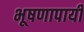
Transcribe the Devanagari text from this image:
भूषणापायी